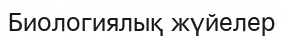
Биологиялық жүйелер